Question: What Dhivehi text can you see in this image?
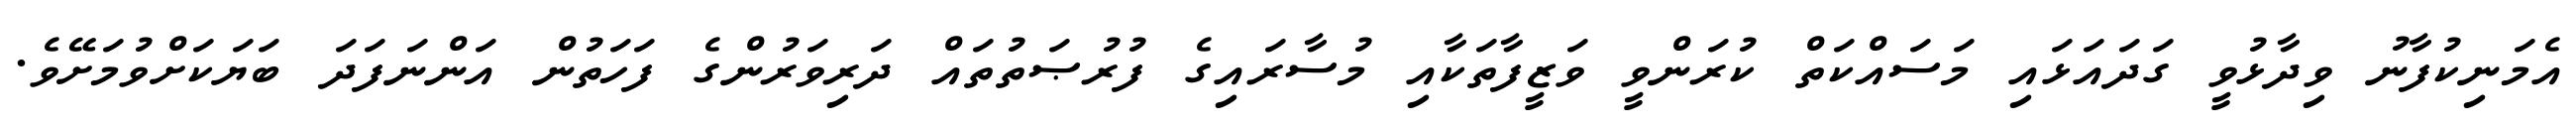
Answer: އެމަނިކުފާނު ވިދާޅުވީ ގަދައަޅައި މަސައްކަތް ކުރަންވީ ވަޒީފާތަކާއި މުސާރައިގެ ފުރުޞަތުތައް ދަރިވަރުންގެ ފަހަތުން އަންނަފަދަ ބަޔަކަށްވުމަށޭވެ.